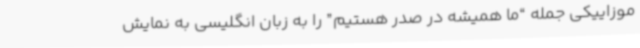
موزاییکی جمله “ما همیشه در صدر هستیم” را به زبان انگلیسی به نمایش